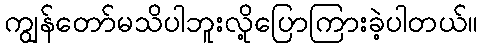
ကျွန်တော်မသိပါဘူးလို့ပြောကြားခဲ့ပါတယ်။